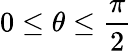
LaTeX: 0\leq\theta\leq\frac{\pi}{2}